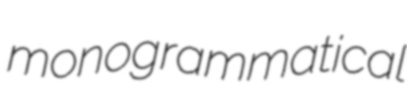
monogrammatical